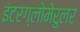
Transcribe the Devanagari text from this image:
इंटरग्लोमेरुलर